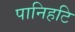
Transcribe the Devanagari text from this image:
पानिहटि